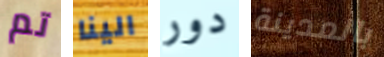
تم الينا دور بالمدينة